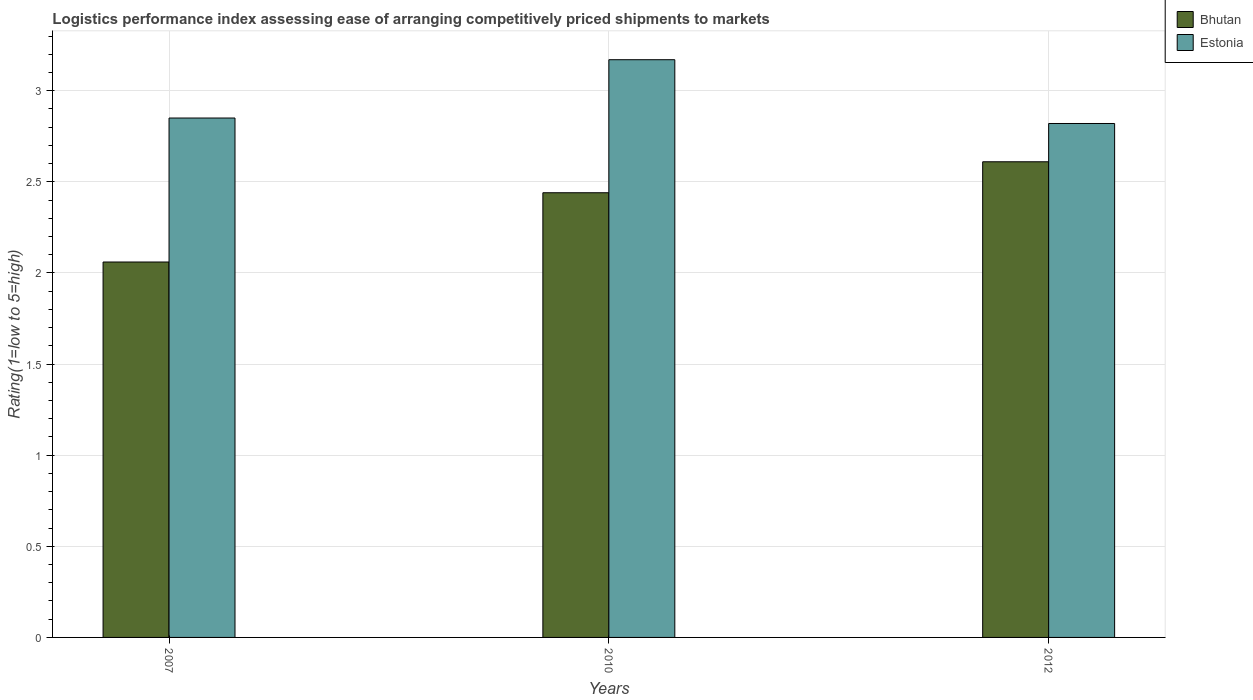
| Years | Bhutan | Estonia |
 | --- | --- | --- |
 | 2007 | 2.06 | 2.85 |
 | 2010 | 2.44 | 3.17 |
 | 2012 | 2.61 | 2.82 |